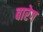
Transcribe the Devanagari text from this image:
बारेग